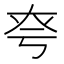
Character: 𡘆